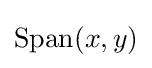
{\textstyle \operatorname {Span} (x,y)}